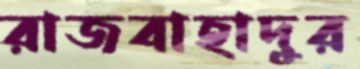
রাজবাহাদুর